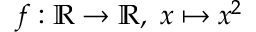
f : \mathbb { R } \to \mathbb { R } , \ x \mapsto x ^ { 2 }